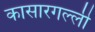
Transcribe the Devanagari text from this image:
कासारगल्ली